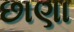
છાણા